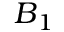
B { } _ { 1 }